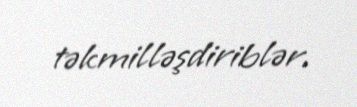
təkmilləşdiriblər.